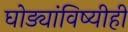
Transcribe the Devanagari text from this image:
घोड्यांविष्यीही